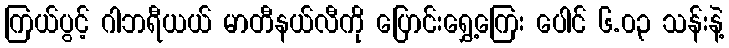
ကြယ်ပွင့် ဂါဘရီယယ် မာတီနယ်လီကို ပြောင်းရွှေ့ကြေး ပေါင် ၆.၀၃ သန်းနဲ့